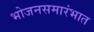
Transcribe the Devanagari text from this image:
भोजनसमारंभात